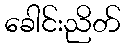
ခေါင်းညိတ်